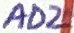
Text: AD2